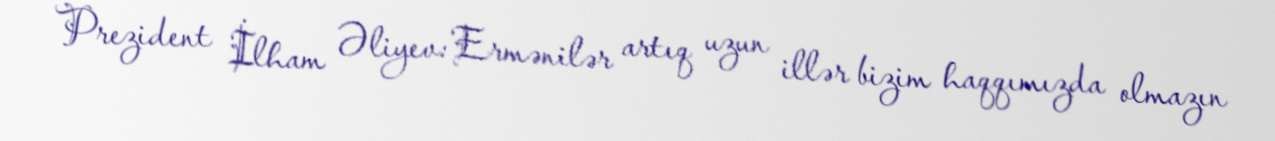
Prezident İlham Əliyev: Ermənilər artıq uzun illər bizim haqqımızda olmazın